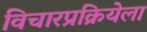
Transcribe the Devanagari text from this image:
विचारप्रक्रियेला